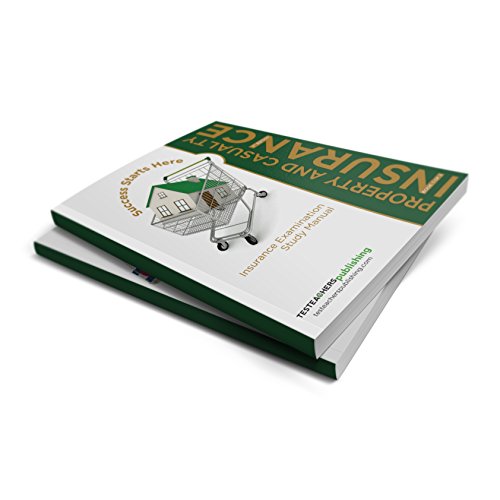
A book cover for Texas Property and Casualty Insurance Exam Study Guide; TesTeachers; Business & Money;